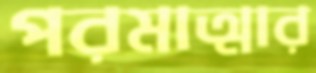
পরমাত্মার